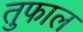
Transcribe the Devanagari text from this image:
तुफाल